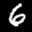
Digit: 6